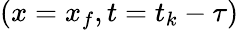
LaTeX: (x=x_{f},t=t_{k}-\tau)